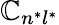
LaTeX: \mathbb{C}_{n^{*}l^{*}}